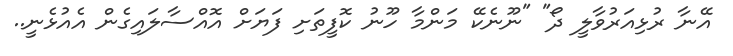
އޭނާ ރުޅިއަރުވާލީ ދޯ" "ނޫނެކޭ މަންމާ ހޫނު ކޮފީތަށި ފަޔަށް އޮއްސާލައިގެން އެއުޅެނީ..